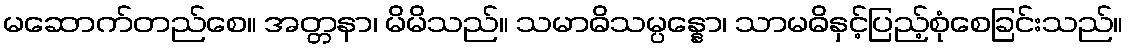
မဆောက်တည်စေ။ အတ္တနာ၊ မိမိသည်။ သမာဓိသမ္ပန္နော၊ သာမဓိနှင့်ပြည့်စုံစေခြင်းသည်။